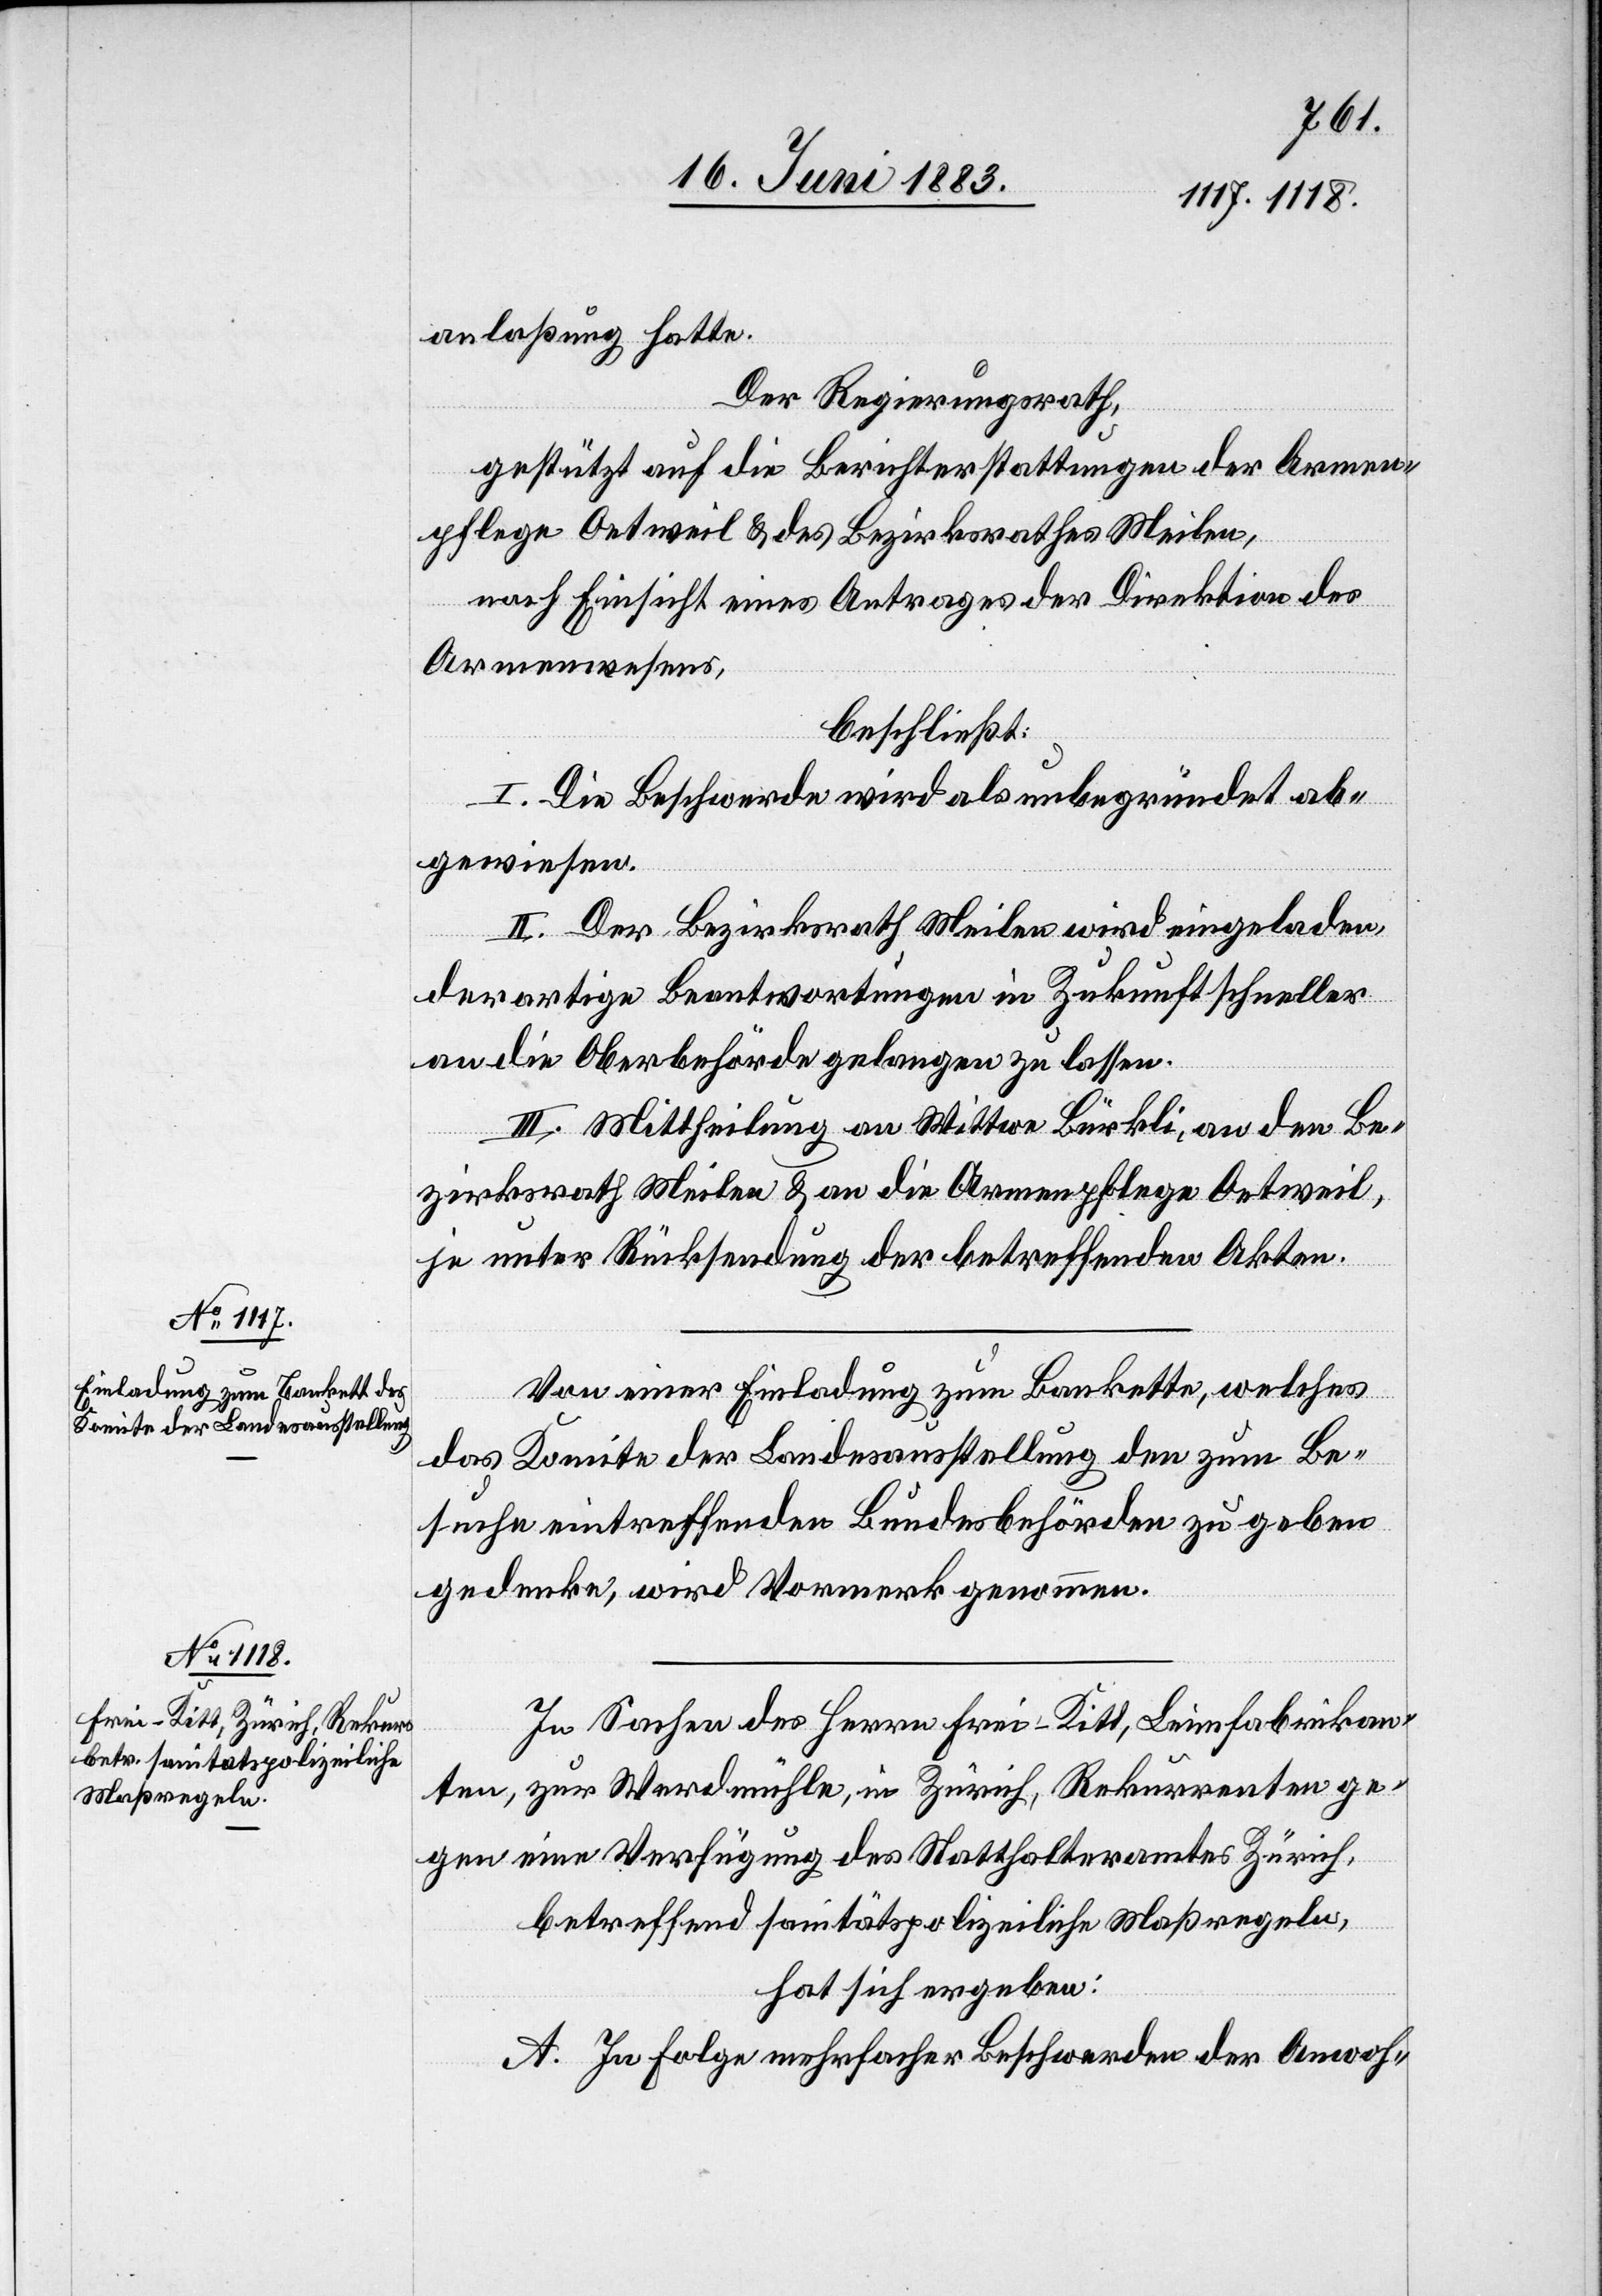
anlaßung hatte.
Der Regierungsrath,
gestützt auf die Berichterstattungen der Armen¬
pflege Oetweil & des Bezirksrathes Meilen,
nach Einsicht eines Antrages der Direktion des
Armenwesens,
beschließt:
I. Die Beschwerde wird als unbegründet ab¬
gewiesen.
II. Der Bezirksrath Meilen wird eingeladen,
derartige Beantwortungen in Zukunft schneller
an die Oberbehörde gelangen zu lassen.
III. Mittheilung an Wittwe Bürkli an den Be¬
zirksrath Meilen & an die Armenpflege Oetweil,
je unter Rücksendung der betreffenden Akten.
Von einer Einladung zum Bankette, welches
das Komitee der Landesausstellung den zum Be¬
suche eintreffenden Bundesbehörden zu geben
gedenke, wird Vormerk genommen.
In Sachen des Herren Frei-Kitt, Leimfabrikan¬
ten, zur Werdmühle, in Zürich, Rekurrenten ge¬
gen eine Verfügung des Statthalteramtes Zürich,
betreffend sanitätspolizeiliche Maßgregeln,
hat sich ergeben:
A. In Folge mehrfacher Beschwerden der Anwoh-